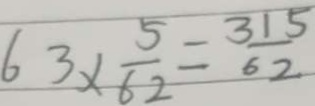
6 3 \times \frac { 5 } { 6 2 } = \frac { 3 1 5 } { 6 2 }